Civil Veterinary Dept. North-West Frontier Province 1933-46 - 1933-1946
Year: 1933
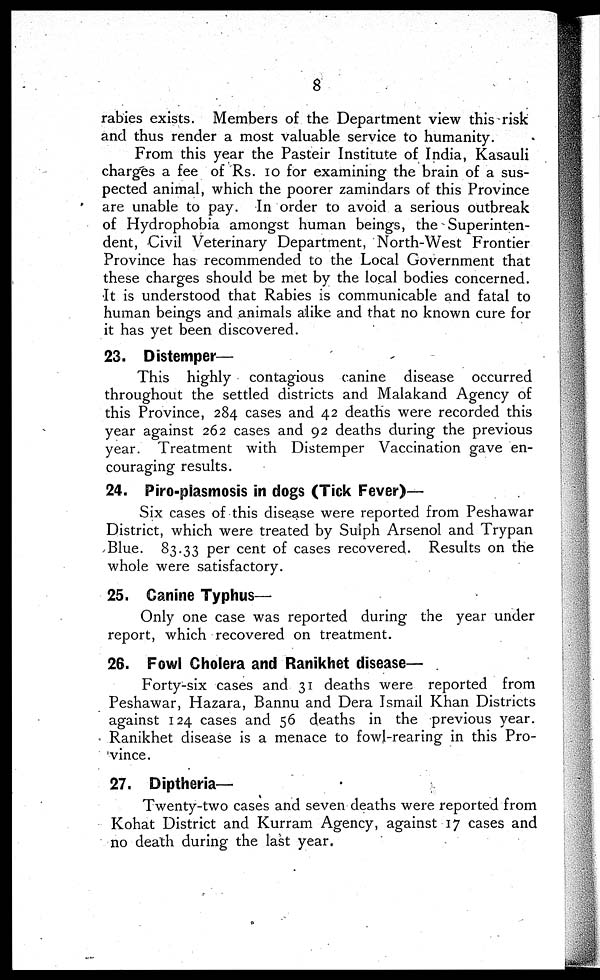
8
rabies exists. Members of the Department view this risk
and thus render a most valuable service to humanity.
From this year the Pasteir Institute of India, Kasauli
charges a fee of Rs. 10 for examining the brain of a sus-
pected animal, which the poorer zamindars of this Province
are unable to pay. In order to avoid a serious outbreak
of Hydrophobia amongst human beings, the Superinten-
dent, Civil Veterinary Department, North-West Frontier
Province has recommended to the Local Government that
these charges should be met by the local bodies concerned.
It is understood that Rabies is communicable and fatal to
human beings and animals alike and that no known cure for
it has yet been discovered.
23. Distemper—
This highly contagious canine disease occurred
throughout the settled districts and Malakand Agency of
this Province, 284 cases and 42 deaths were recorded this
year against 262 cases and 92 deaths during the previous
year. Treatment with Distemper Vaccination gave en-
couraging results.
24. Piro-plasmosis in dogs (Tick Fever)—
Six cases of this disease were reported from Peshawar
District, which were treated by Sulph Arsenol and Trypan
Blue. 83.33 per cent of cases recovered. Results on the
whole were satisfactory.
25. Canine Typhus—
Only one case was reported during the year under
report, which recovered on treatment.
26. Fowl Cholera and Ranikhet disease—
Forty-six cases and 31 deaths were reported from
Peshawar, Hazara, Bannu and Dera Ismail Khan Districts
against 124 cases and 56 deaths in the previous year.
Ranikhet disease is a menace to fowl-rearing in this Pro-
vince.
27. Diptheria—
Twenty-two cases and seven deaths were reported from
Kohat District and Kurram Agency, against 17 cases and
no death during the last year.